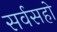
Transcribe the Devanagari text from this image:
सर्वसहो